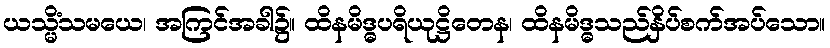
ယသ္မိံသမယေ၊ အကြင်အခါ၌။ ထိနမိဒ္ဓပရိယုဋ္ဌိတေန၊ ထိနမိဒ္ဓသည်နှိပ်စက်အပ်သော။